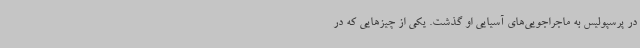
در پرسپولیس به ماجراجویی‌های آسیایی او گذشت. یکی از چیزهایی که در